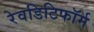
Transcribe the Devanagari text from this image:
रेवडिटिफॉर्म